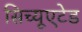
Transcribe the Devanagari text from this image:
सिच्यूएटेड